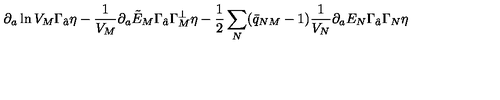
\partial _ { a } \ln V _ { M } \Gamma _ { \hat { a } } \eta - { \frac { 1 } { V _ { M } } } \partial _ { a } \tilde { E } _ { M } \Gamma _ { \hat { a } } \Gamma _ { M } ^ { \perp } \eta - { \frac { 1 } { 2 } } \sum _ { N } ( \bar { q } _ { N M } - 1 ) { \frac { 1 } { V _ { N } } } \partial _ { a } E _ { N } \Gamma _ { \hat { a } } \Gamma _ { N } \eta \qquad \qquad